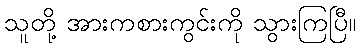
သူတို့ အားကစားကွင်းကို သွားကြပြီ။